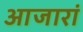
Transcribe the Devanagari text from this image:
आजारां